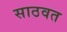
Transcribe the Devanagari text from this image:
साठवत